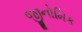
જીનોમિક